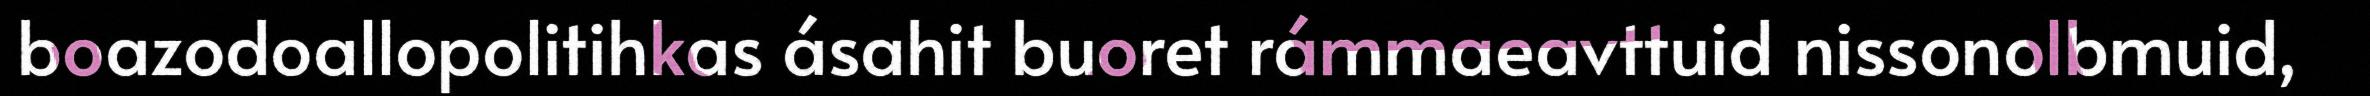
boazodoallopolitihkas ásahit buoret rámmaeavttuid nissonolbmuid,